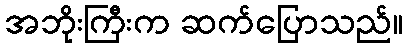
အဘိုးကြီးက ဆက်ပြောသည်။